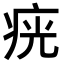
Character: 𤶏